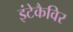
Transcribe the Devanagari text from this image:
इंटेकैविर